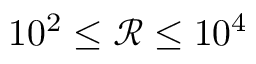
1 0 ^ { 2 } \leq \mathcal { R } \leq 1 0 ^ { 4 }